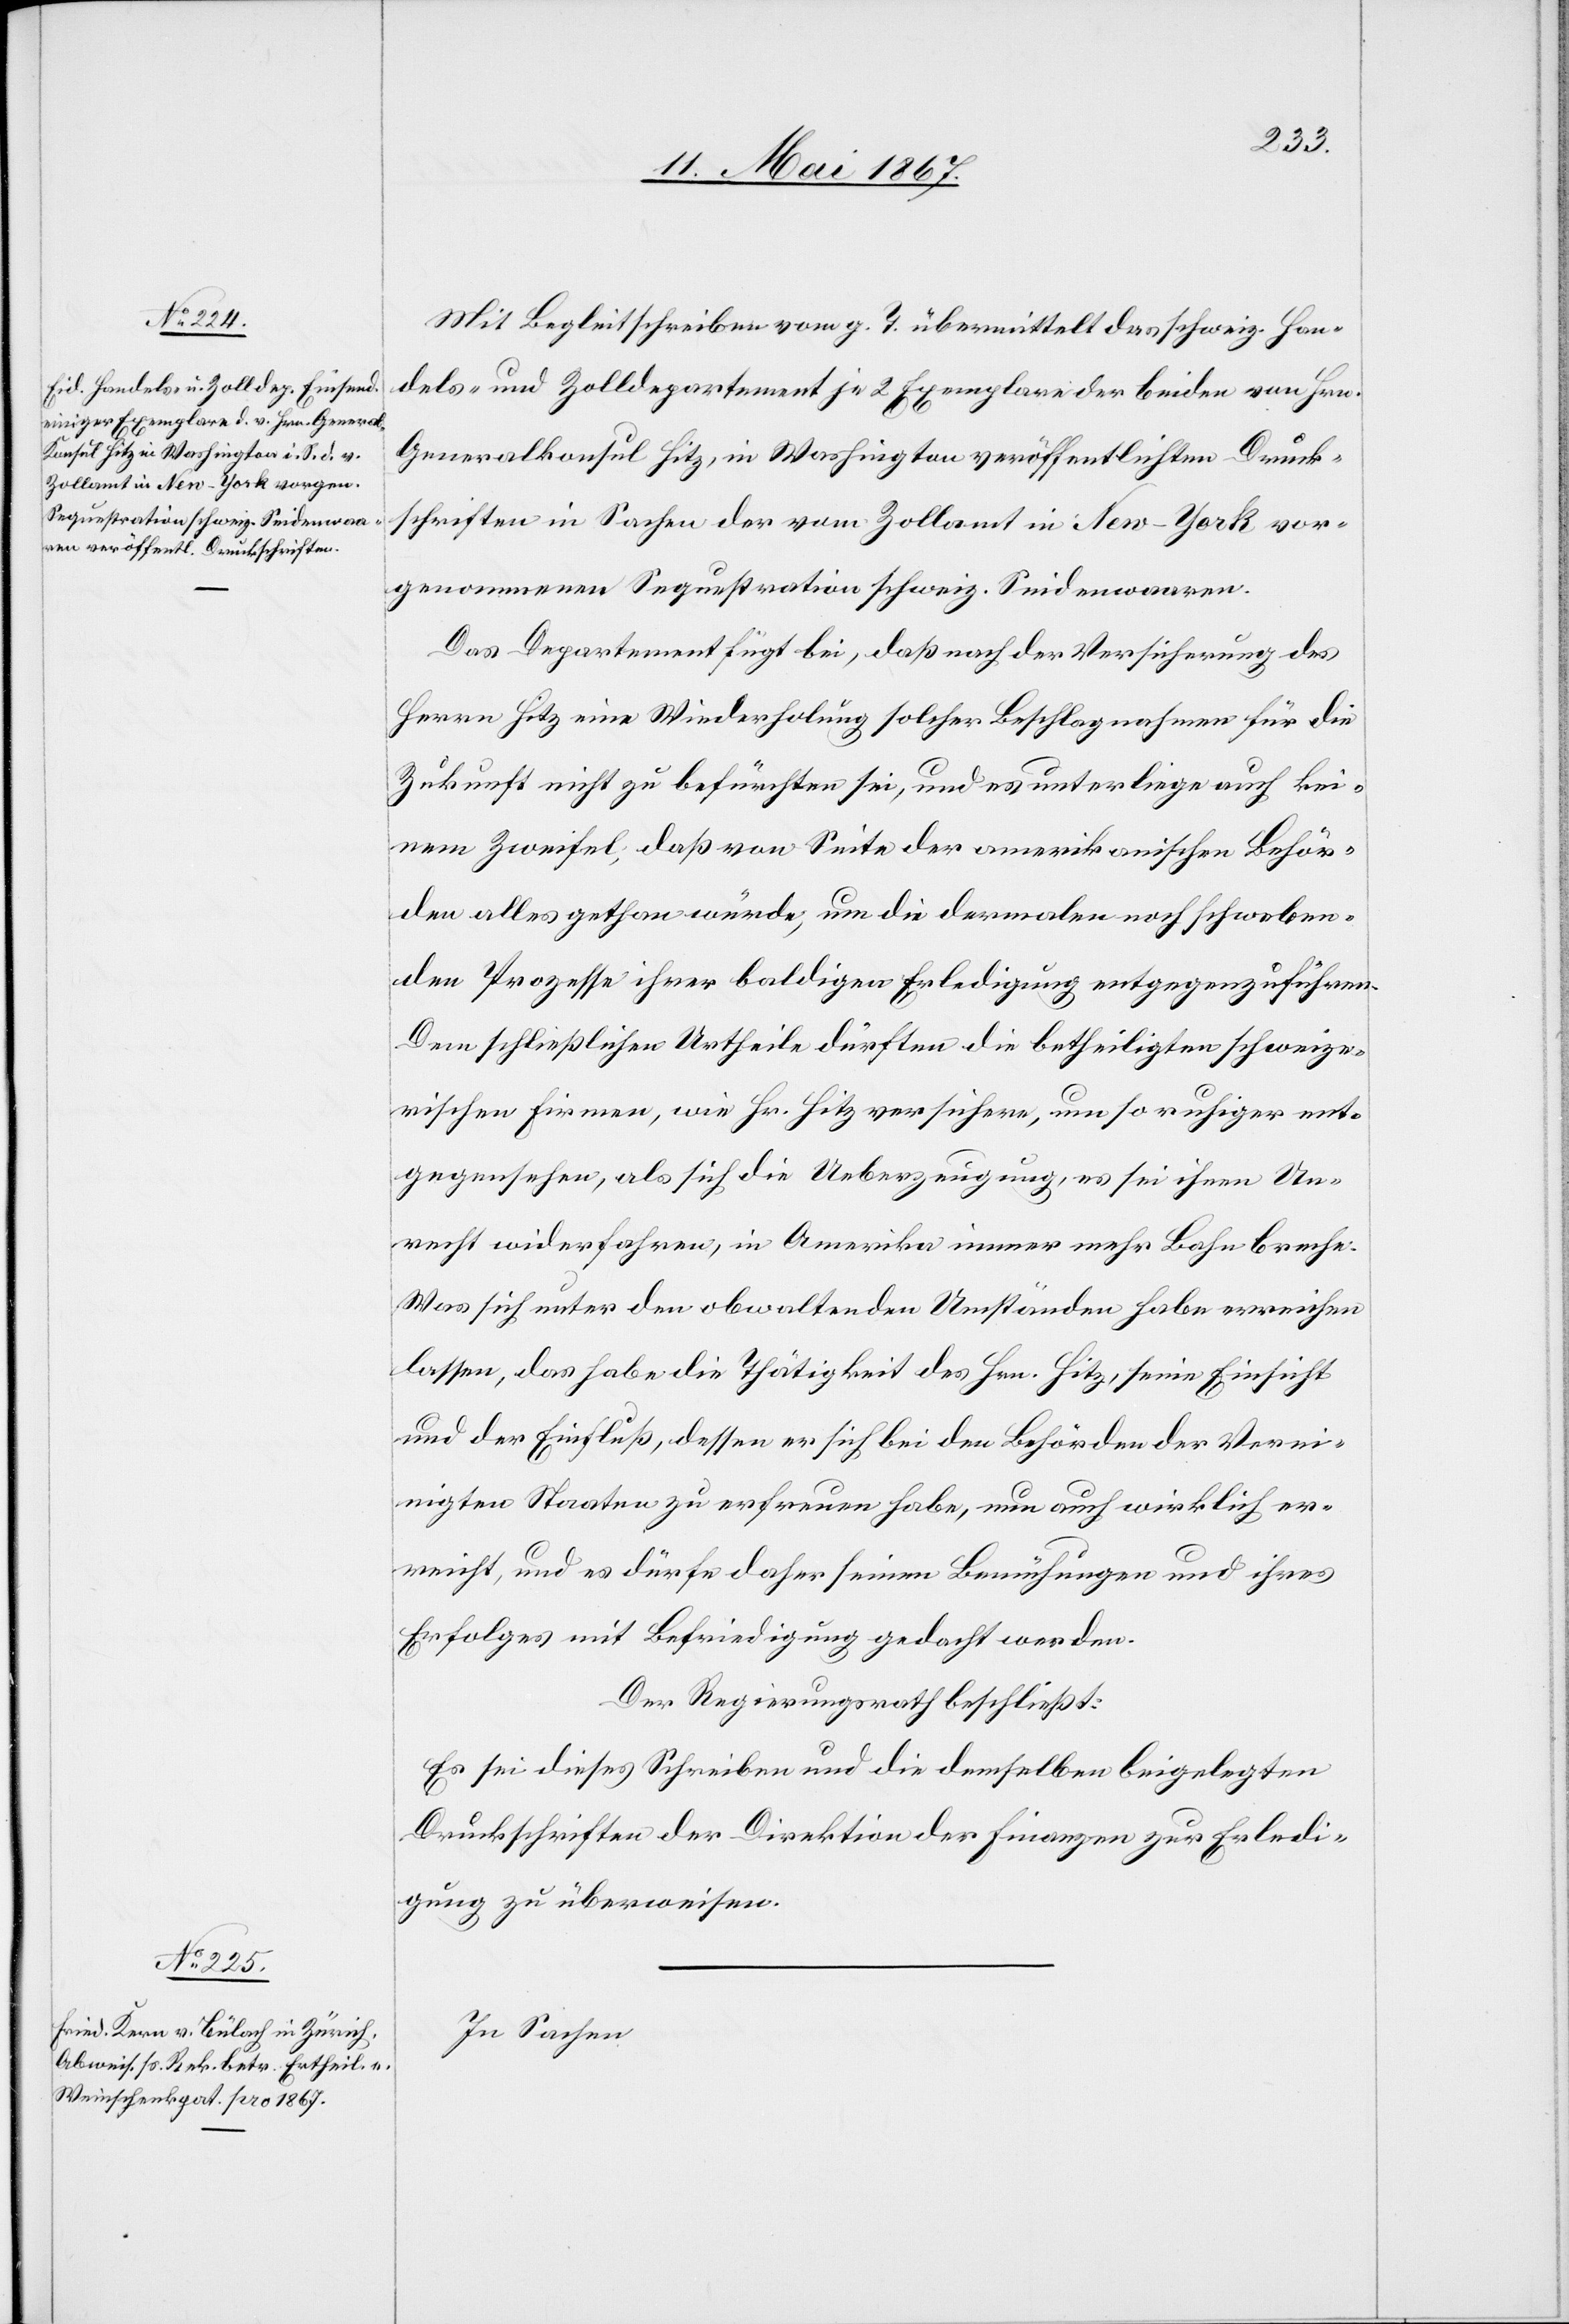
Mit Begleitschreiben vom g. T. übermittelt das schweiz. Han¬
dels- und Zolldepartement je 2 Exemplare der beiden von Hrn.
Generalkonsul Hitz, in Washington veröffentlichten Druck¬
schriften in Sachen der vom Zollamt in New-York vor¬
genommenen Sequestration schweiz. Seidenwaaren.
Das Departement fügt bei, daß nach der Versicherung des
Herrn Hitz eine Wiederholung solcher Beschlagnahmen für die
Zukunft nicht zu befürchten sei, und es unterliege auch kei¬
nem Zweifel, daß von Seite der amerikanischen Behör¬
den alles gethan würde, um die dermalen noch schweben¬
den Prozesse ihrer baldigen Erledigung entgegenzuführen.
Dem schließlichen Urtheile dürften die betheiligten schweize¬
rischen Firmen, wie Hr. Hitz versichere, um so ruhiger ent¬
gegen sehen, als sich die Ueberzeugung, es sei ihnen Un¬
recht widerfahren, in Amerika immer mehr Lohn breche.
Was sich unter den obwaltenden Umständen habe erreichen
lassen, das habe die Thätigkeit des Hrn. Hitz, seine Einsicht
und der Einfluß, dessen er sich bei den Behörden der Verei¬
nigten Staaten zu erfreuen habe, nun auch wirklich er¬
reicht, und es dürfe daher seinen Bemühungen und ihres
Erfolges mit Befriedigung gedacht werden.
Der Regierungsrath beschließt:
Es sei dieses Schreiben und die demselben beigelegten
Druckschriften der Direktion der Finanzen zur Erledi¬
gung zu überweisen.
In Sachen